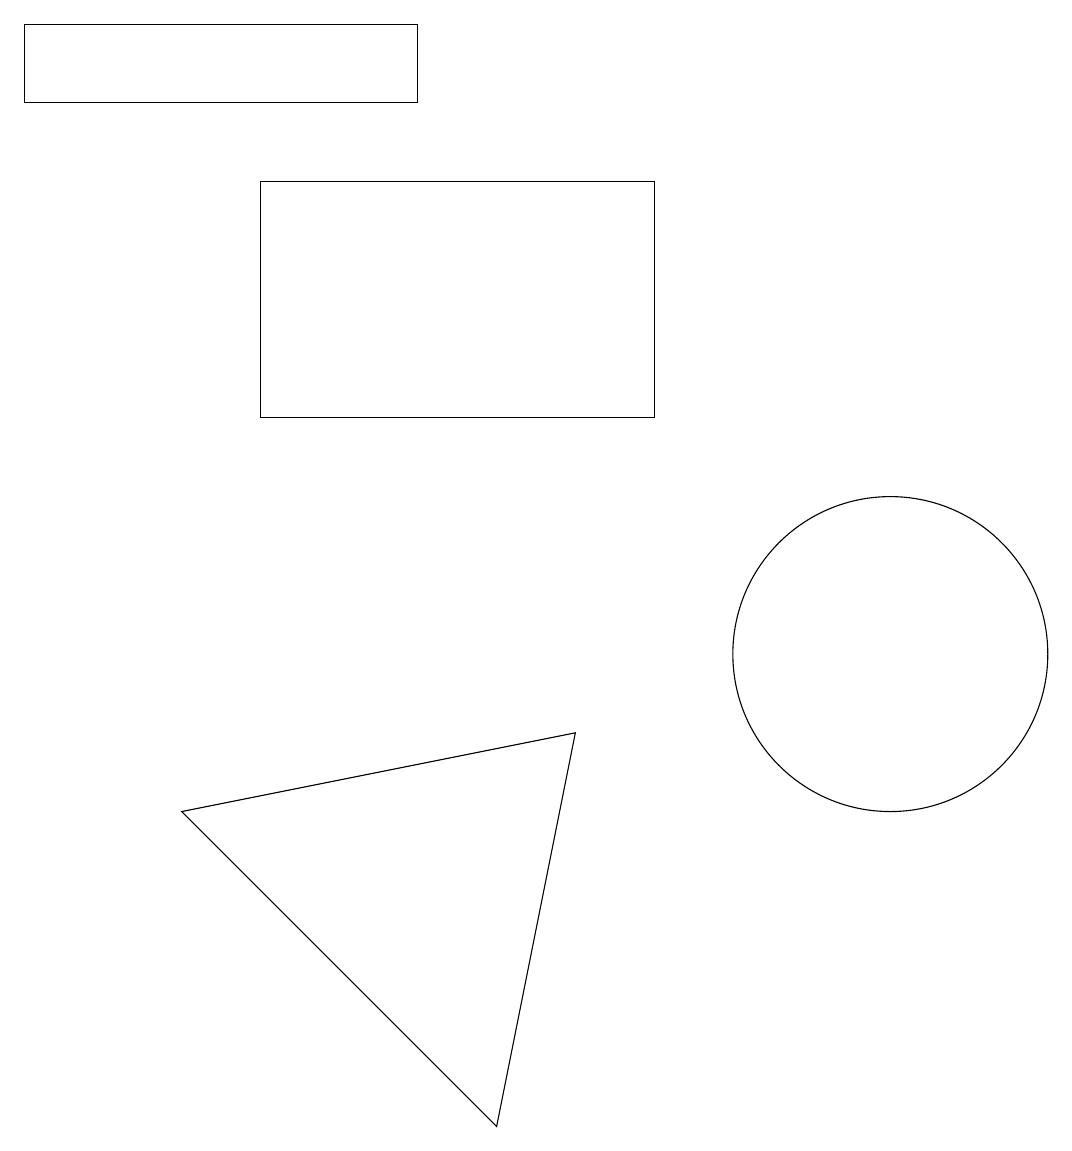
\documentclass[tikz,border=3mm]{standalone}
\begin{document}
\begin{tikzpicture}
\draw (0,18) rectangle (5,17);
\draw (11,10) circle (2);
\draw (8,16) rectangle (3,13);
\draw (2,8) -- (7,9) -- (6,4) -- cycle;
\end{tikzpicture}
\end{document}